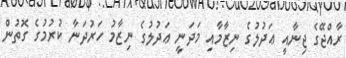
ރާއްޖޭގެ ޖިނާއީ ޢަދުލުގެ ނިޒާމާއި މަދަނީ ޢަދުލުގެ ނިޒާމު ހަރުދަނާ ކުރުމުގެ ގޮތުން